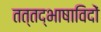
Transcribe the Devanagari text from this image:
तत्तद्भाषाविदों